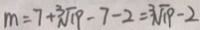
m = 7 + \sqrt [ 3 ] { 1 9 } - 7 - 2 = \sqrt [ 3 ] { 1 9 } - 2